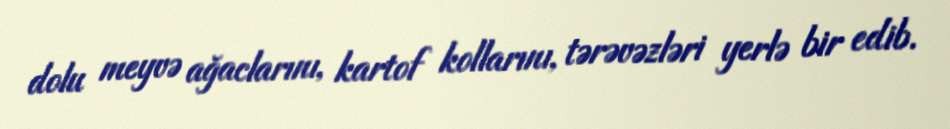
dolu meyvə ağaclarını, kartof kollarını, tərəvəzləri yerlə bir edib.